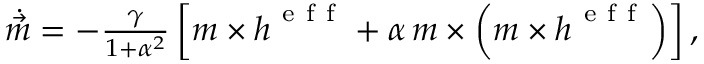
\begin{array} { r } { \dot { \vec { m } } = - \frac { \gamma } { 1 + \alpha ^ { 2 } } \left[ \boldsymbol { m } \times \boldsymbol { h } ^ { \mathrm { ~ e ~ f ~ f ~ } } + \alpha \, \boldsymbol { m } \times \left( \boldsymbol { m } \times \boldsymbol { h } ^ { \mathrm { ~ e ~ f ~ f ~ } } \right) \right] , } \end{array}